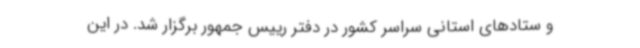
و ستادهای استانی سراسر کشور در دفتر رییس جمهور برگزار شد. در این